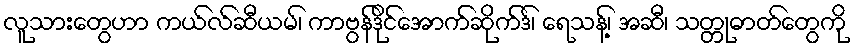
လူသားတွေဟာ ကယ်လ်ဆီယမ်၊ ကာဗွန်ဒိုင်အောက်ဆိုက်ဒ်၊ ရေသန့်၊ အဆီ၊ သတ္တုဓာတ်တွေကို